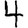
Digit: 4